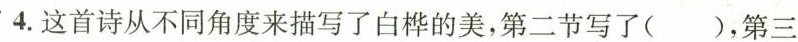
4.这首诗从不同角度来描写了白桦的美，第二节写了( )，第三